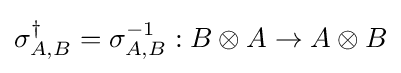
\sigma _{A,B}^{\dagger }=\sigma _{A,B}^{-1}:B\otimes A\rightarrow A\otimes B